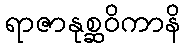
ရာဇာနုစ္ဆဝိကာနိ